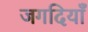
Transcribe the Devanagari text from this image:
जगदियाँ